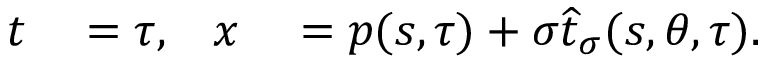
\begin{array} { r l r l } { t } & { { } = \tau , } & { x } & { { } = p ( s , \tau ) + \sigma \widehat { t } _ { \sigma } ( s , \theta , \tau ) . } \end{array}